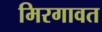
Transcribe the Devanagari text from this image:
मिरगावत